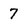
Character: 7